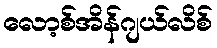
လော့စ်အိန်ဂျယ်လိစ်